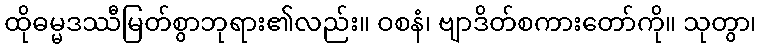
ထိုဓမ္မဒဿီမြတ်စွာဘုရား၏လည်း။ ဝစနံ၊ ဗျာဒိတ်စကားတော်ကို။ သုတွာ၊